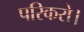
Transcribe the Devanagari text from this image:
परिकरो।